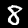
Label: 8